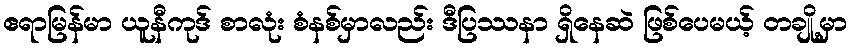
ဧရာမြန်မာ ယူနီကုဒ် စာလုံး စံနစ်မှာလည်း ဒီပြဿနာ ရှိနေဆဲ ဖြစ်ပေမယ့် တချို့မှာ